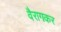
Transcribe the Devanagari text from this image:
वैरागकर